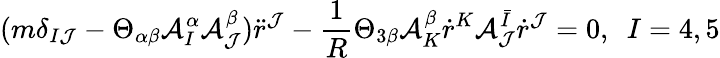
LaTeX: (m\delta_{I\mathcal{J}}-\Theta_{\alpha\beta}\mathcal{{A}}_{I}^{\alpha}\mathcal{{A}}_{\mathcal{J}}^{\beta})\ddot{{r}}^{\mathcal{J}}-\frac{{1}}{{R}}\Theta_{3\beta}\mathcal{{A}}_{K}^{\beta}\dot{{r}}^{K}\mathcal{{A}}_{\mathcal{J}}^{\bar{{I}}}\dot{{r}}^{\mathcal{J}}=0,\ \ I=4,5